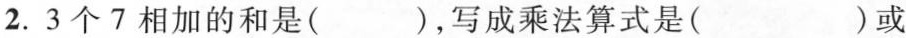
2. 3个7相加的和是（）